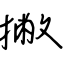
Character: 撇